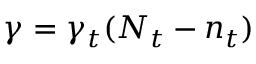
\gamma = \gamma _ { t } ( N _ { t } - n _ { t } )